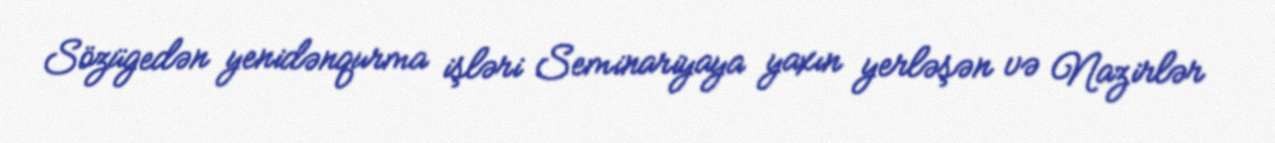
Sözügedən yenidənqurma işləri Seminariyaya yaxın yerləşən və Nazirlər